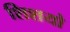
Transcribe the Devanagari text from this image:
शिशयो